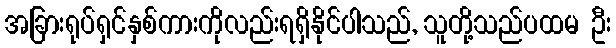
အခြားရုပ်ရှင်နှစ်ကားကိုလည်းရရှိနိုင်ပါသည်, သူတို့သည်ပထမ ဦး